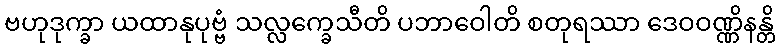
ဗဟုဒုက္ခာ ယထာနုပုဗ္ဗံ သလ္လက္ခေသီတိ ပဘာဝေါတိ စတုရဿာ ဒေဝဝဏ္ဏိနန္တိ